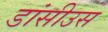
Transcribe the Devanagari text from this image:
डांसीउस